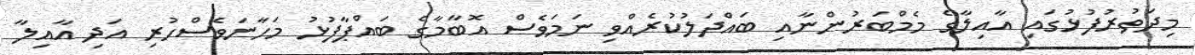
މިދަތުރުފުޅުގައި އާއިލާގެ މެމްބަރުންނާއި ބައްދަލުކުރެއްވި ނަމަވެސް އޮބާމާގެ ބައްޕާފުޅު މަހާނަވެސްހުރި އަދި އާއިލާ